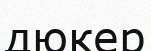
дюкер